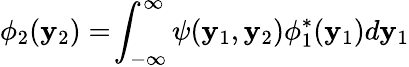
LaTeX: \phi_{2}(\mathbf{y}_{2})=\! \int_{-\infty}^{\infty}\psi(\mathbf{y}_{1},\mathbf{y}_{2})\phi_{1}^{*}(\mathbf{y}_{1})d\mathbf{y}_{1}